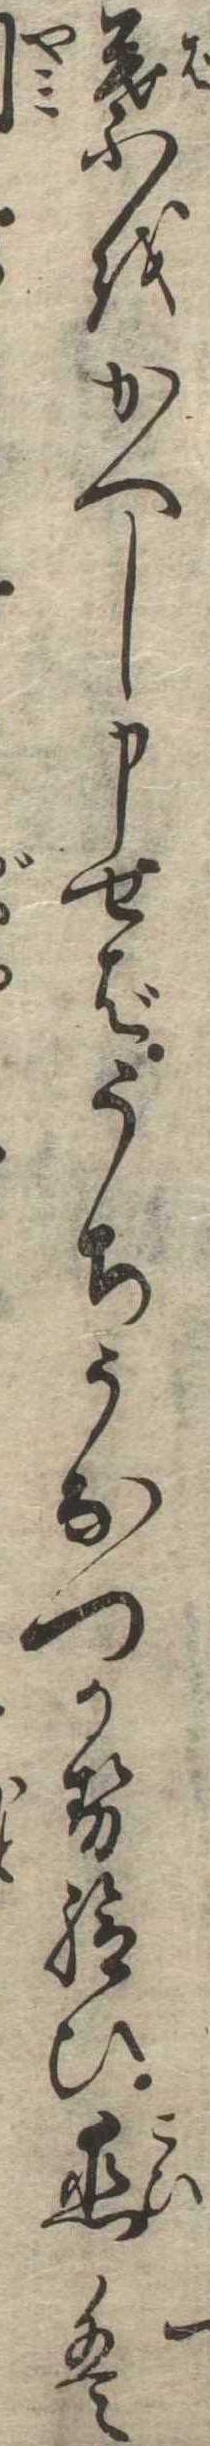
葉をかへし申せばうちうなつかせ給ひ恋は